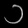
Digit: ၁